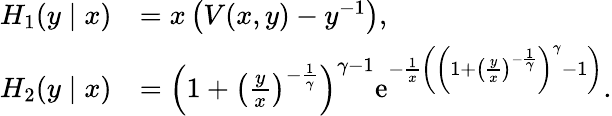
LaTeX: \begin{array}{rl}{H_{1}(y\mid x)}&{=x\left(V(x,y)-y^{-1}\right),}\\ {H_{2}(y\mid x)}&{={\left(1+{\left(\frac{y}{x}\right)}^{-\frac{1}{\gamma}}\right)}^{\gamma-1}\textrm{e}^{-\frac 1x\left({\left(1+{\left(\frac{y}{x}\right)}^{-\frac{1}{\gamma}}\right)}^{\gamma}-1\right)}.}\end{array}